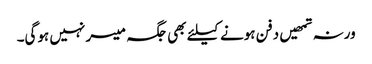
ورنہ تمھیں دفن ہونے کیلئے بھی جگہ میسر نہیں ہوگی۔